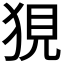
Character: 𤞭